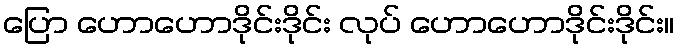
ပြော ဟောဟောဒိုင်းဒိုင်း လုပ် ဟောဟောဒိုင်းဒိုင်း။